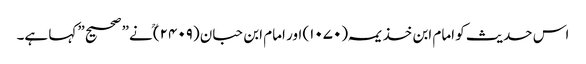
اس حدیث کو امام ابن خذیمہ (۱۰۷۰) اور امام ابن حبان (۲۴۰۹)ؒ نے” صحیح” کہا ہے۔